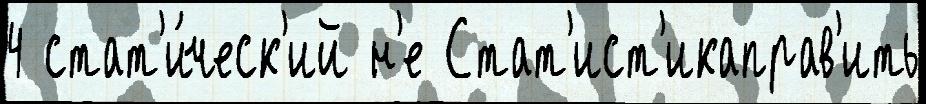
4 стат'и́ческ'ий н'е Стат'ист'икаправ'ить